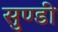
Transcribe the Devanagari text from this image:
सुण्डी